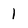
Character: 1